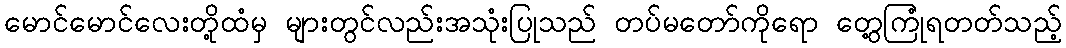
မောင်မောင်လေးတို့ထံမှ များတွင်လည်းအသုံးပြုသည် တပ်မတော်ကိုရော တွေ့ကြုံရတတ်သည့်